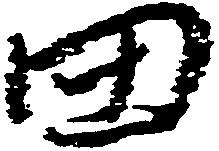
田